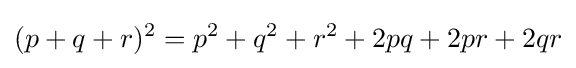
(p+q+r)^{2}=p^{2}+q^{2}+r^{2}+2pq+2pr+2qr